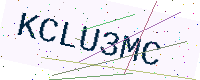
Text: KCLU3MC